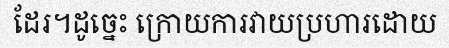
ដែរ។ដូច្នេះ ក្រោយការវាយប្រហារដោយ